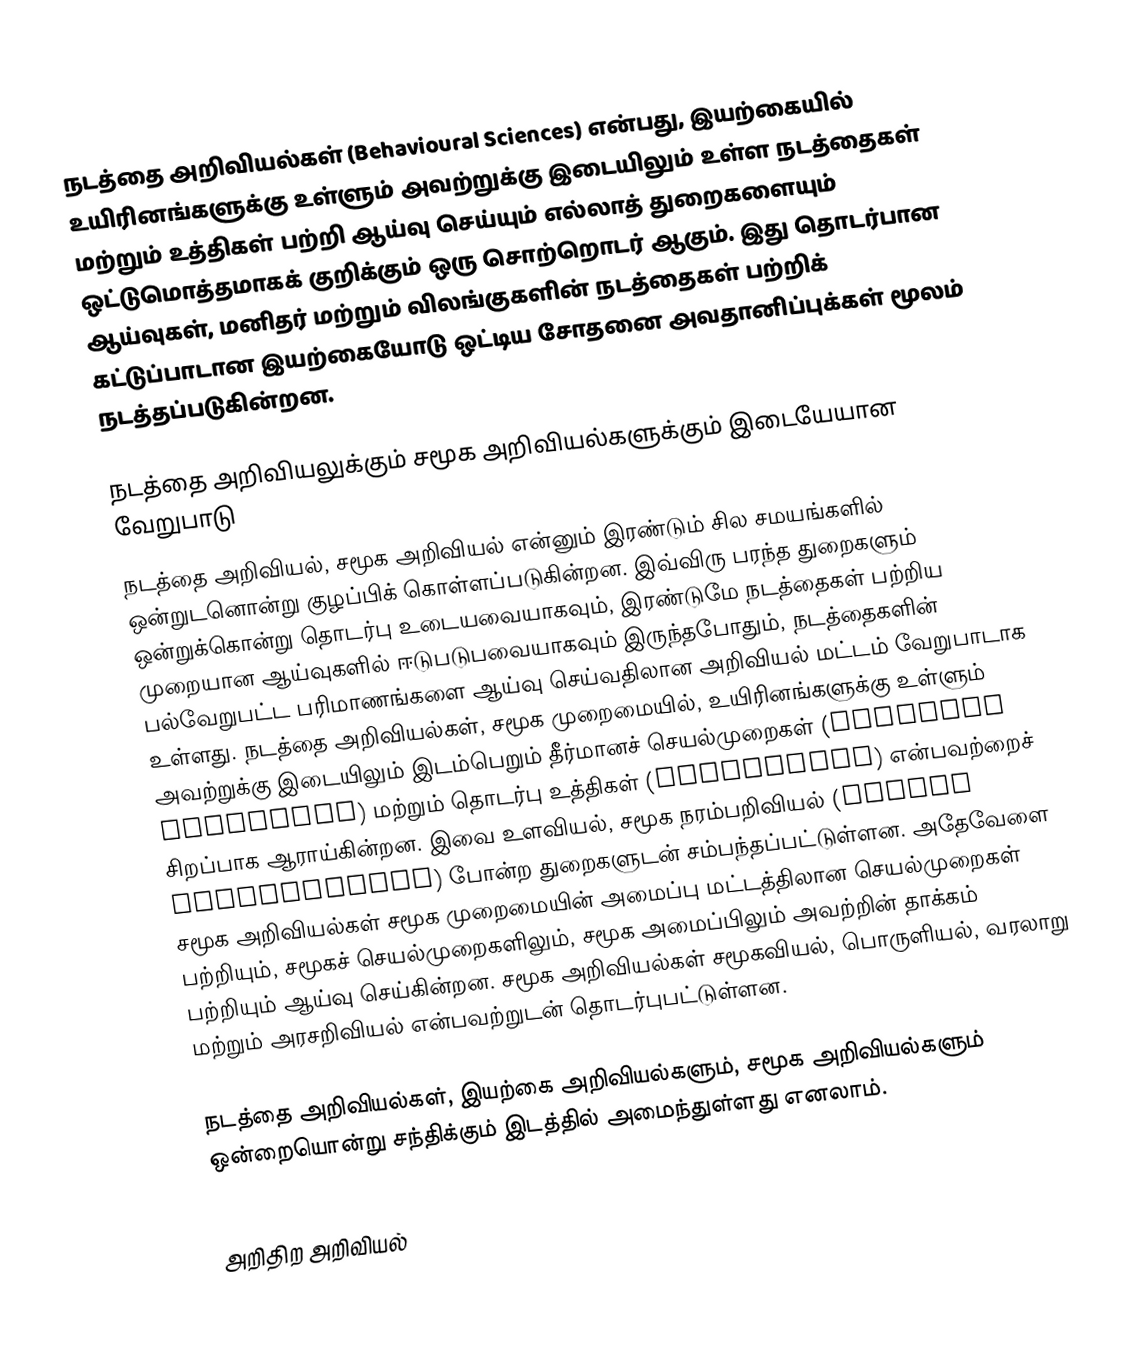
நடத்தை அறிவியல்கள் (Behavioural Sciences) என்பது, இயற்கையில் உயிரினங்களுக்கு உள்ளும் அவற்றுக்கு இடையிலும் உள்ள நடத்தைகள் மற்றும் உத்திகள் பற்றி ஆய்வு செய்யும் எல்லாத் துறைகளையும் ஒட்டுமொத்தமாகக் குறிக்கும் ஒரு சொற்றொடர் ஆகும். இது தொடர்பான ஆய்வுகள், மனிதர் மற்றும் விலங்குகளின் நடத்தைகள் பற்றிக் கட்டுப்பாடான இயற்கையோடு ஒட்டிய சோதனை அவதானிப்புக்கள் மூலம் நடத்தப்படுகின்றன.

நடத்தை அறிவியலுக்கும் சமூக அறிவியல்களுக்கும் இடையேயான வேறுபாடு
நடத்தை அறிவியல், சமூக அறிவியல் என்னும் இரண்டும் சில சமயங்களில் ஒன்றுடனொன்று குழப்பிக் கொள்ளப்படுகின்றன. இவ்விரு பரந்த துறைகளும் ஒன்றுக்கொன்று தொடர்பு உடையவையாகவும், இரண்டுமே நடத்தைகள் பற்றிய முறையான ஆய்வுகளில் ஈடுபடுபவையாகவும் இருந்தபோதும், நடத்தைகளின் பல்வேறுபட்ட பரிமாணங்களை ஆய்வு செய்வதிலான அறிவியல் மட்டம் வேறுபாடாக உள்ளது. நடத்தை அறிவியல்கள், சமூக முறைமையில், உயிரினங்களுக்கு உள்ளும் அவற்றுக்கு இடையிலும் இடம்பெறும் தீர்மானச் செயல்முறைகள் (decision processes) மற்றும் தொடர்பு உத்திகள் (strategies) என்பவற்றைச் சிறப்பாக ஆராய்கின்றன. இவை உளவியல், சமூக நரம்பறிவியல் (Social neuroscience) போன்ற துறைகளுடன் சம்பந்தப்பட்டுள்ளன. அதேவேளை சமூக அறிவியல்கள் சமூக முறைமையின் அமைப்பு மட்டத்திலான செயல்முறைகள் பற்றியும், சமூகச் செயல்முறைகளிலும், சமூக அமைப்பிலும் அவற்றின் தாக்கம் பற்றியும் ஆய்வு செய்கின்றன. சமூக அறிவியல்கள் சமூகவியல், பொருளியல், வரலாறு மற்றும் அரசறிவியல் என்பவற்றுடன் தொடர்புபட்டுள்ளன.

நடத்தை அறிவியல்கள், இயற்கை அறிவியல்களும், சமூக அறிவியல்களும் ஒன்றையொன்று சந்திக்கும் இடத்தில் அமைந்துள்ளது எனலாம்.

அறிதிற அறிவியல்